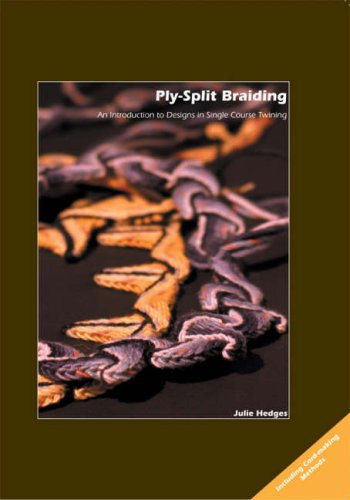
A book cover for Ply-split Braiding: An Introduction to Designs in Single Course Twining; Julie Hedges; Crafts, Hobbies & Home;